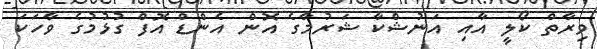
ވިރާތް ކޯލީ އާއި އަނުޝްކާ ޝަރުމާގެ އޮން އެންޑް އޮފް ގުޅުމުގެ ވާހަކަ